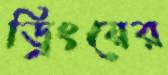
ড্রিংয়ের